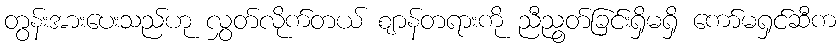
တွန်းအားပေးသည်ဟု လွှတ်လိုက်တယ် ဈာန်တရားကို ညီညွတ်ခြင်းရှိမရှိ ကော်မရှင်ဆီက